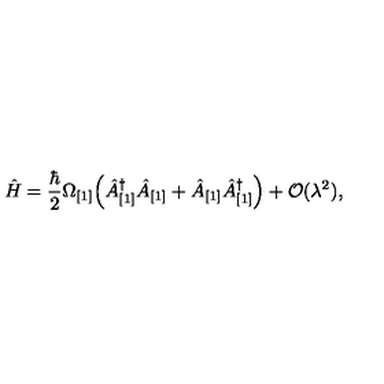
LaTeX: \hat { H } = \frac { \hbar } { 2 } \Omega _ { [ 1 ] } \Bigl ( \hat { A } _ { [ 1 ] } ^ { \dagger } \hat { A } _ { [ 1 ] } + \hat { A } _ { [ 1 ] } \hat { A } _ { [ 1 ] } ^ { \dagger } \Bigr ) + { \cal O } ( \lambda ^ { 2 } ) ,